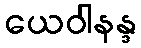
ယေဝါနန္ဒ